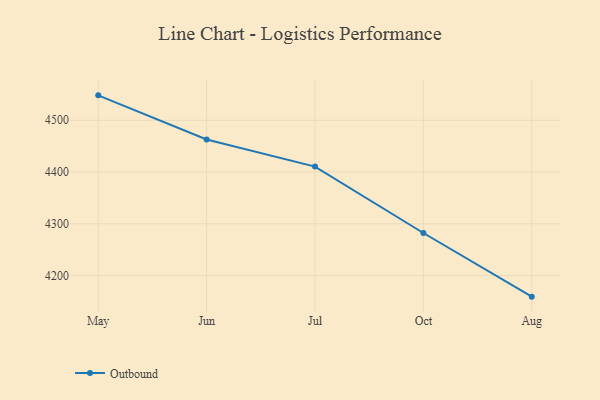
{"axis": {"x": "Month", "y": "LTV (USD)"}, "legend": ["Outbound"], "data": [{"x": "May", "y": 4548.2, "type": "Outbound"}, {"x": "Jun", "y": 4462.9, "type": "Outbound"}, {"x": "Jul", "y": 4410.5, "type": "Outbound"}, {"x": "Oct", "y": 4282.2, "type": "Outbound"}, {"x": "Aug", "y": 4159.2, "type": "Outbound"}]}